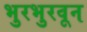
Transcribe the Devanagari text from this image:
भुरभुरवून